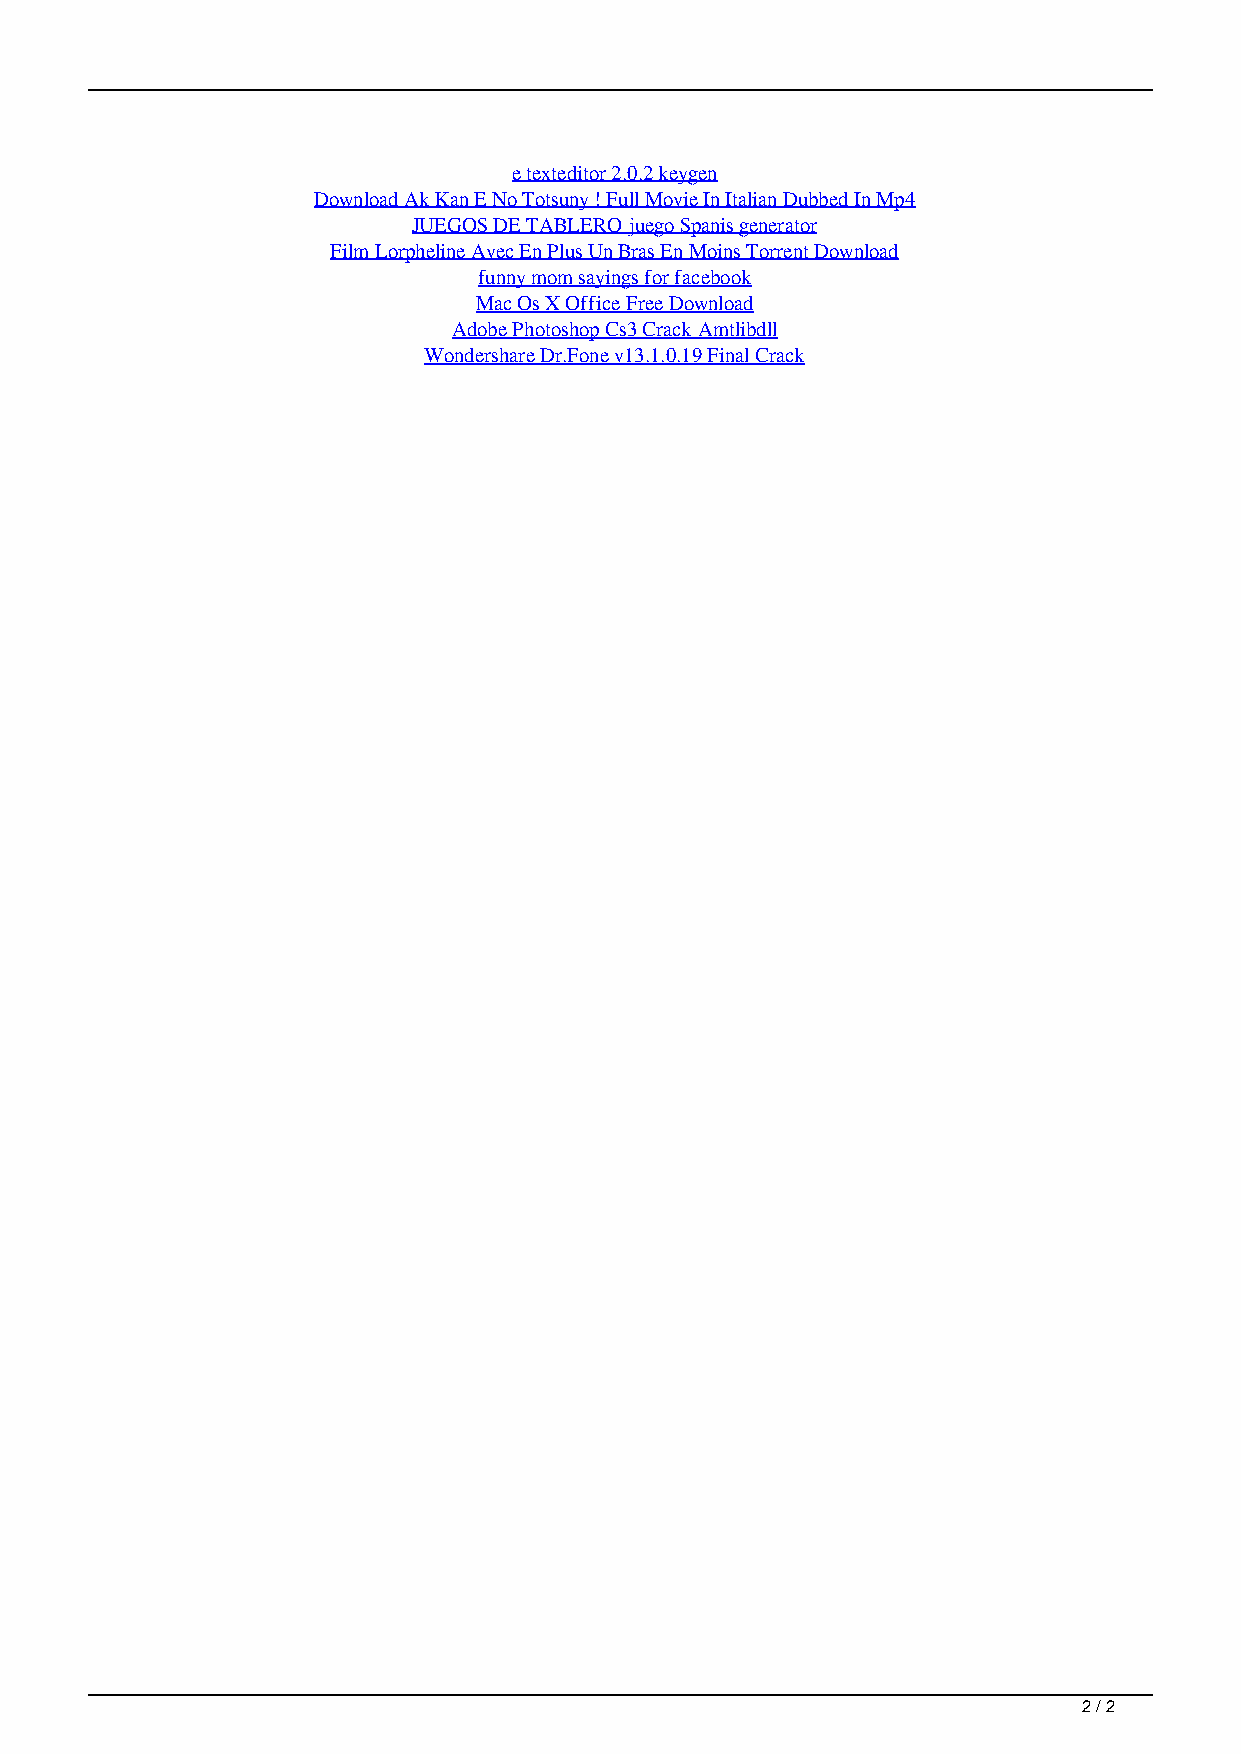
e texteditor 2.0.2 keygen
 Download Ak Kan E No Totsuny ! Full Movie In Italian Dubbed In Mp4
 JUEGOS DE TABLERO juego Spanis generator
 Film Lorpheline Avec En Plus Un Bras En Moins Torrent Download
 funny mom sayings for facebook
 Mac Os X Office Free Download
 Adobe Photoshop Cs3 Crack Amtlibdll
 Wondershare Dr.Fone v13.1.0.19 Final Crack
 2 / 2
 Wondra A Fall Of A 16